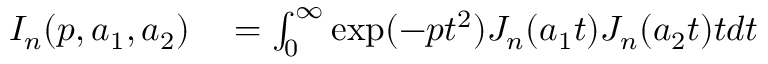
\begin{array} { r l } { { \cal I } _ { n } ( p , a _ { 1 } , a _ { 2 } ) } & { { } = \int _ { 0 } ^ { \infty } \exp ( - p t ^ { 2 } ) J _ { n } ( a _ { 1 } t ) J _ { n } ( a _ { 2 } t ) t d t } \end{array}